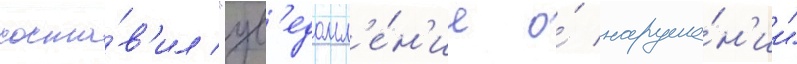
соста́в'ил "ув'едомл'е́н'ие о́ наруше́н'ии"